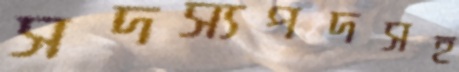
সদস্যপদসহ